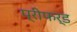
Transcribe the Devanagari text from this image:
प्रीफर्ड